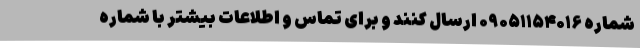
شماره ۰۹۰۵۱۱۵۴۰۱۶ ارسال کنند و برای تماس و اطلاعات بیشتر با شماره